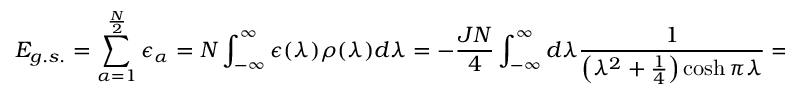
E _ { g . s . } = \sum _ { \alpha = 1 } ^ { \frac { N } { 2 } } \epsilon _ { \alpha } = N \int _ { - \infty } ^ { \infty } \epsilon ( \lambda ) \rho ( \lambda ) d \lambda = - \frac { J N } { 4 } \int _ { - \infty } ^ { \infty } d \lambda \frac { 1 } { \left( \lambda ^ { 2 } + \frac { 1 } { 4 } \right) \cosh \pi \lambda } = - J N \ln 2